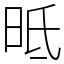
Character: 㫝